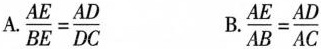
A. $$\frac{AE}{BE}= \frac{AD}{DC}$$ B.$$\frac{AE}{AB}= \frac{AD}{AC}$$